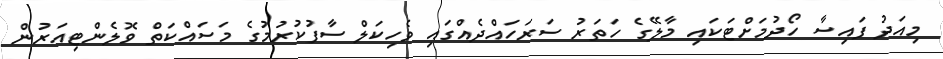
މިއަދު ފައިސާ ހޯދުމަށްޓަކައި މާލޭގެ ހަތަރު ސަރަހައްދެއްގައި ވެހިކަލް ސާފުކުރުމުގެ މަސައްކަތް ވޮލެންޓިއަރުން